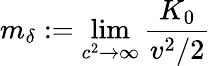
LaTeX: m_{\delta}:=\operatorname*{lim}_{c^{2}\rightarrow\infty}\frac{K_{0}}{v^{2}/2}